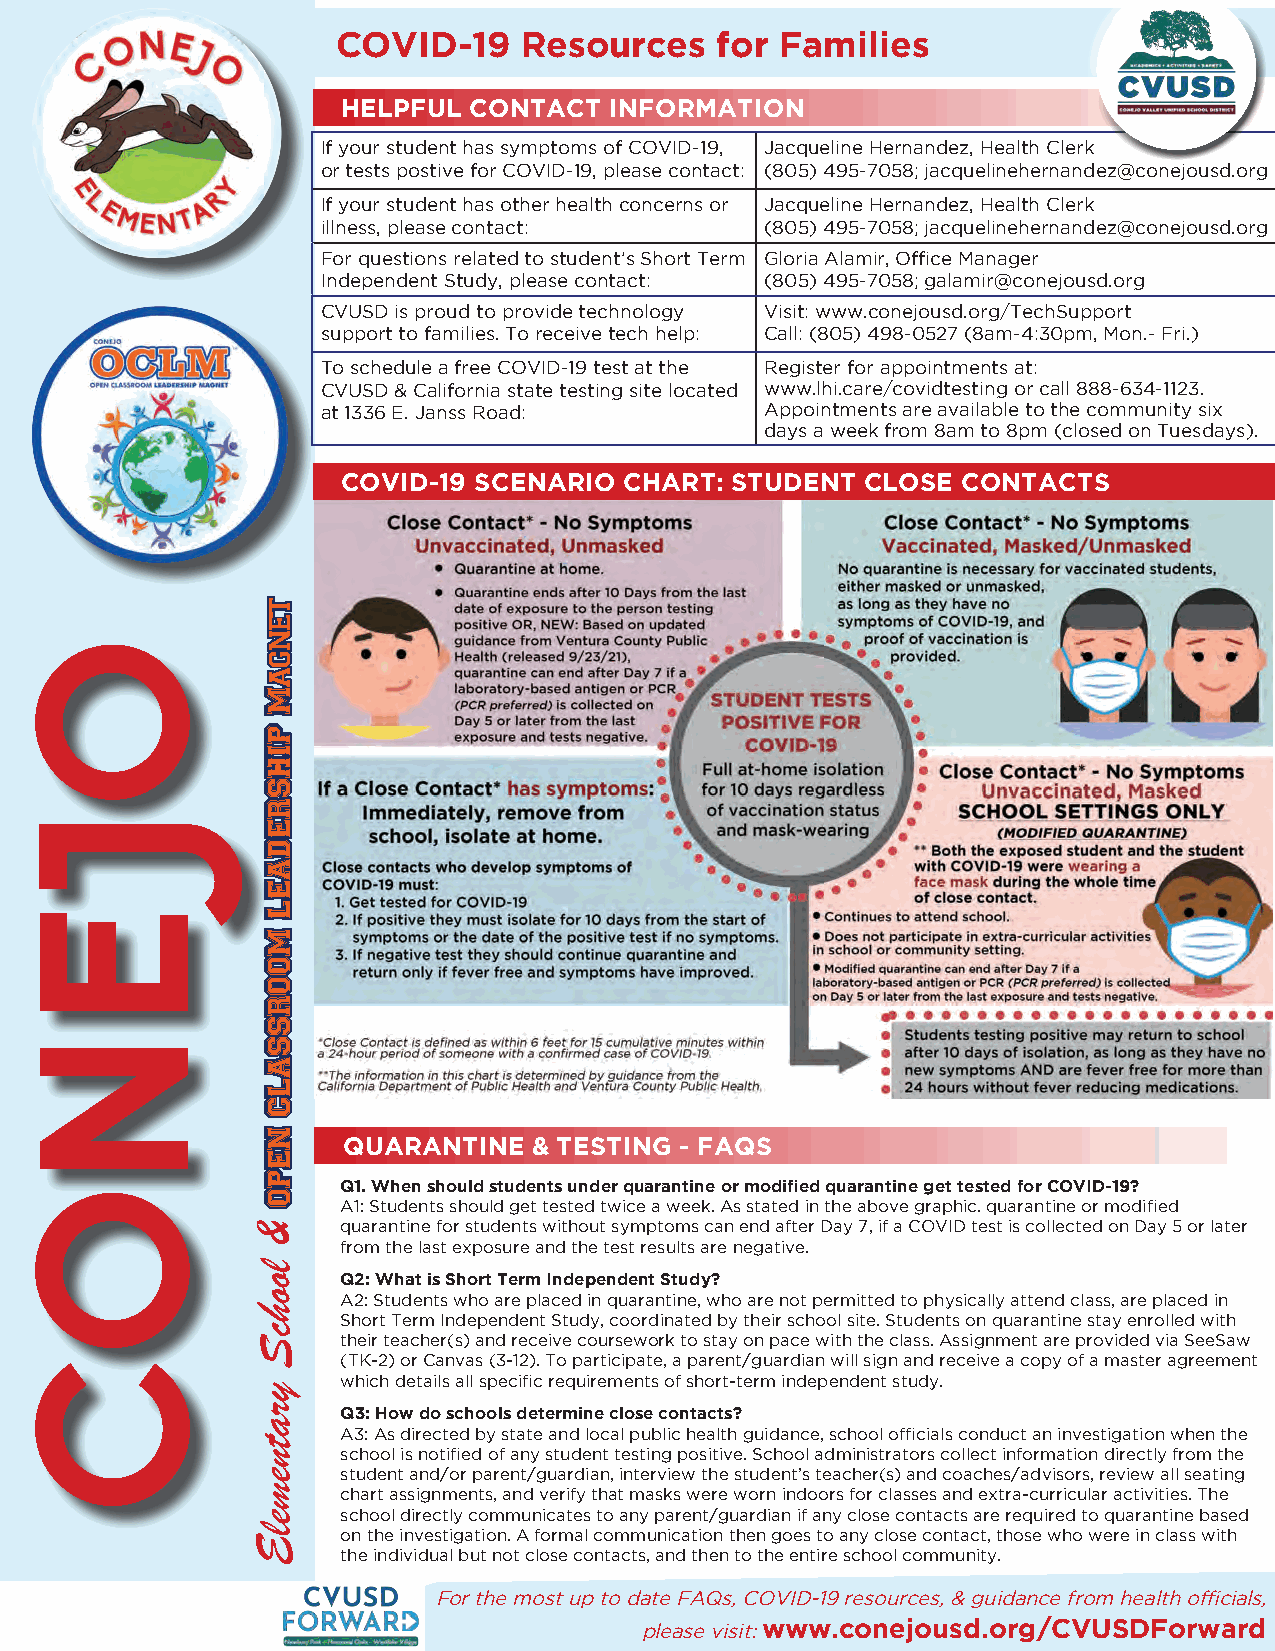
COVID-19     Resources    for Families
 HELPFUL CONTACT  INFORMATION
 If your student has symptoms of COVID-19, Jacqueline Hernandez, Health Clerk
 or tests postive for COVID-19, please contact: (805) 495-7058; jacquelinehernandez@conejousd.org
 If your student has other health concerns or Jacqueline Hernandez, Health Clerk
 illness, please contact:      (805) 495-7058; jacquelinehernandez@conejousd.org
 For questions related to student’s Short Term Gloria Alamir, Office Manager
 Independent Study, please contact: (805) 495-7058; galamir@conejousd.org
 CVUSD is proud to provide technology Visit: www.conejousd.org/TechSupport
 support to families. To receive tech help: Call: (805) 498-0527 (8am-4:30pm, Mon.- Fri.)
 To schedule a free COVID-19 test at the Register for appointments at:
 CVUSD & California state testing site located www.lhi.care/covidtesting or call 888-634-1123.
 at 1336 E. Janss Road:        Appointments are available to the community six
 days a week from 8am to 8pm (closed on Tuesdays).
 COVID-19 SCENARIO CHART: STUDENT  CLOSE  CONTACTS
 QUARANTINE  & TESTING - FAQS
 Q1. When should students under quarantine or modified quarantine get tested for COVID-19?
 A1: Students should get tested twice a week. As stated in the above graphic. quarantine or modified
 quarantine for students without symptoms can end after Day 7, if a COVID test is collected on Day 5 or later
 from the last exposure and the test results are negative.
 Q2: What is Short Term Independent Study?
 A2: Students who are placed in quarantine, who are not permitted to physically attend class, are placed in
 Short Term Independent Study, coordinated by their school site. Students on quarantine stay enrolled with
 their teacher(s) and receive coursework to stay on pace with the class. Assignment are provided via SeeSaw
 (TK-2) or Canvas (3-12). To participate, a parent/guardian will sign and receive a copy of a master agreement
 which details all specific requirements of short-term independent study.
 Q3: How do schools determine close contacts?
 A3: As directed by state and local public health guidance, school officials conduct an investigation when the
 school is notified of any student testing positive. School administrators collect information directly from the
 student and/or parent/guardian, interview the student’s teacher(s) and coaches/advisors, review all seating
 chart assignments, and verify that masks were worn indoors for classes and extra-curricular activities. The
 school directly communicates to any parent/guardian if any close contacts are required to quarantine based
 on the investigation. A formal communication then goes to any close contact, those who were in class with
 the individual but not close contacts, and then to the entire school community.
 For the most up to date FAQs, COVID-19 resources, & guidance from health officials,
 please visit: www.conejousd.org/CVUSDForward
 OJENOC
 &
 loohcS
 yratnemelE
 tengaM
 PIHSREDAEL
 MOORSSALC
 NEPO